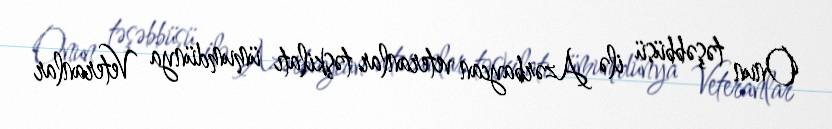
Onun təşəbbüsü ilə Azərbaycan veteranlar təşkilatı ümumdünya Veteranlar